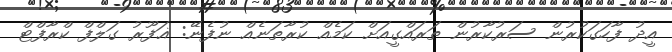
އީދު ފާހަގަކުރުން ސަރުކާރުން ތަރައްގީއަށް ކަމެއް ކުރާތަނެއް ނުފެނޭ: ޣަފޫރު ގަލްފް ކްރާފްޓް